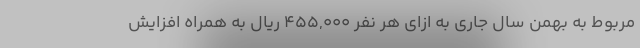
مربوط به بهمن سال جاری به ازای هر نفر ۴۵۵,۰۰۰ ریال به همراه افزایش